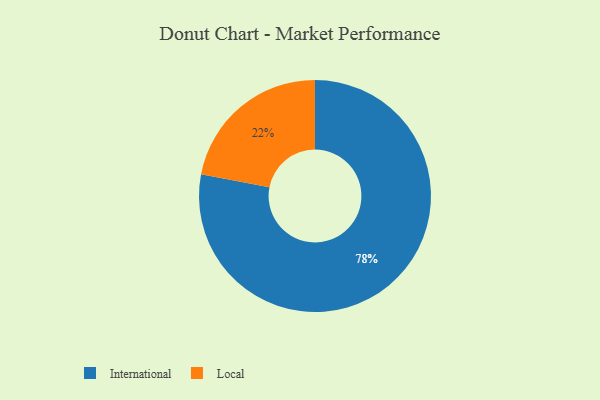
{"axis": {"x": "Category", "y": "Percentage"}, "legend": ["International", "Local"], "data": [{"x": "International", "y": 78, "type": "International"}, {"x": "Local", "y": 22, "type": "Local"}]}